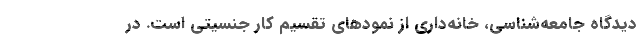
دیدگاه جامعه‌شناسی، خانه‌داری از نمودهای تقسیم کار جنسیتی است. در